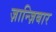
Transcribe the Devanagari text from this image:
ज़ान्ज़िबार